Annual report on the Civil Veterinary Department, Burma (including the Insein Veterinary School) - 1932-1941
Year: 1932
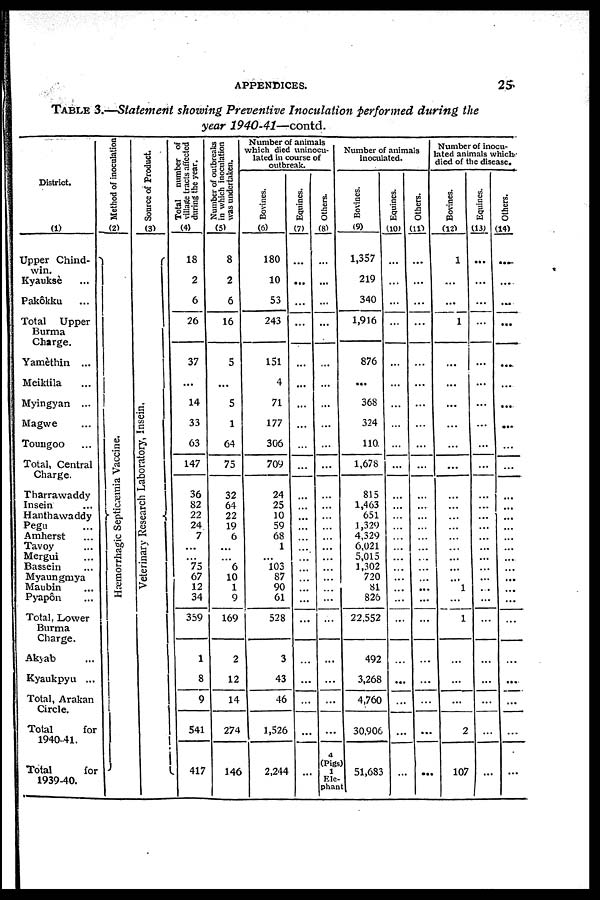
APPENDICES.
25
Table 3.—Statement showing Preventive Inoculation Performed during the
year 1940-41—contd.
District.
(1)
Upper Chind-
win.
Kyauksè ...
Pakôkku ...
Total Upper
Burma
Charge.
Yamèthin ...
Meiktila ...
Myingyan ...
Magwe ...
Toungoo ...
Total, Central
Charge.
Tharrawaddy
Insein ...
Hanthawaddy
Pegu ...
Amherst ...
Tavoy ...
Mergui ...
Bassein ...
Myaungmya
Maubin ...
Pyapôn ...
Total, Lower
Burma
Charge.
Akyab ...
Kyaukpyu ...
Total, Arakan
Circle.
Total
for
1940-41.
Total
for
1939-40.
Method of inoculation
(2)
Hæmorrhagic Septicæmia Vaccine.
Source of Product.
(3)
Veterinary Research Laboratory, I nsei n.
Total number of
village tracts affected
during the year.
(4)
18
2
6
26
37
...
14
33
63
147
36
82
22
24
7
...
...
75
67
12
34
359
1
8
9
541
417
Number of outbreaks
in which inoculation
was undertaken.
(5)
8
2
6
16
5
...
5
1
64
75
32
64
22
19
6
...
...
6
10
1
9
169
2
12
14
274
146
Number of animals
which died uninocu-
lated in course of
outbreak.
Bovines.
(6)
180
10
53
243
151
4
71
177
306
709
24
25
10
59
68
1
...
103
87
90
61
528
3
43
46
1,526
2,244
Equines.
(7)
...
...
...
...
...
...
...
...
...
...
...
...
...
...
...
...
...
...
...
...
...
...
...
...
...
...
...
Others.
(8)
...
...
...
...
...
...
...
...
...
...
...
...
...
...
...
...
...
...
...
...
...
...
...
...
...
...
4
Number of animals
inoculated.
Bovines.
(9)
1,357
219
340
1,916
876
...
368
324
110
1,678
815
1,463
651
1,329
4,329
6,021
5,015
1,302
720
81
826
22,552
492
3,268
4,760
30,906
(Pigs)
1
51,683
Elc-
phant
Equines.
(10)
...
...
...
...
...
...
...
...
...
...
...
...
...
...
...
...
...
...
...
...
...
...
...
...
...
...
...
Others.
(11)
...
...
...
...
...
...
...
...
...
...
...
...
...
...
...
...
...
...
...
...
...
...
...
...
...
...
...
Number of inocu-
ated animals which
died of the disease.
Bovines.
(12)
1
...
...
1
...
...
...
...
...
...
...
...
...
...
...
...
...
...
...
1
...
1
...
...
...
2
107
Equines.
(13)
...
...
...
...
...
...
...
...
...
...
...
...
...
...
...
...
...
...
...
...
...
...
...
...
...
...
..
Others.
(14)
...
...
...
...
....
...
...
...
...
...
...
...
...
...
...
...
...
...
...
...
...
...
...
...
...
...
...